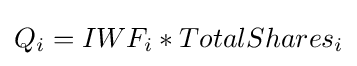
Q_{i}=IWF_{i}*TotalShares_{i}